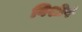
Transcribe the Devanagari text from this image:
विशीर्ष